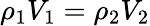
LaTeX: \rho_{1}V_{1}=\rho_{2}V_{2}